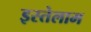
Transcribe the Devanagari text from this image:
इस्तेलाम